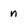
Character: n